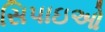
સિપાઇઓ